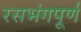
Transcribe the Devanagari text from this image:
रसभंगपूर्ण